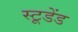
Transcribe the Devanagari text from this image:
स्टूडेंड